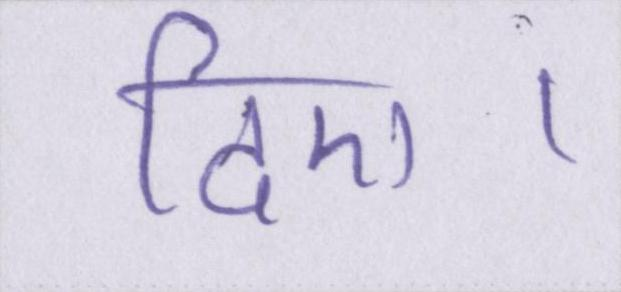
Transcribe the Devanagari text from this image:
दिए।